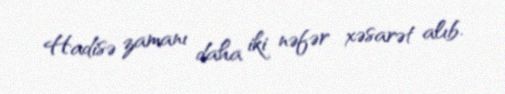
Hadisə zamanı daha iki nəfər xəsarət alıb.